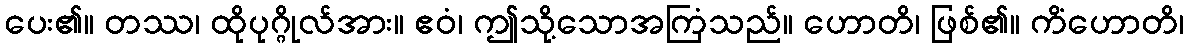
ပေး၏။ တဿ၊ ထိုပုဂ္ဂိုလ်အား။ ဧဝံ၊ ဤသို့သောအကြံသည်။ ဟောတိ၊ ဖြစ်၏။ ကိံဟောတိ၊